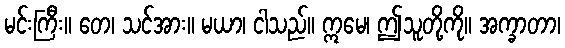
မင်းကြီး။ တေ၊ သင်အား။ မယာ၊ ငါသည်။ ဣမေ၊ ဤသူတို့ကို။ အက္ခာတာ၊